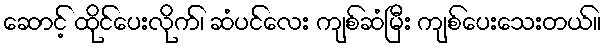
ဆောင့် ထိုင်ပေးလိုက်၊ ဆံပင်လေး ကျစ်ဆံမြီး ကျစ်ပေးသေးတယ်။